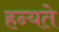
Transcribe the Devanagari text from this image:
हन्यते